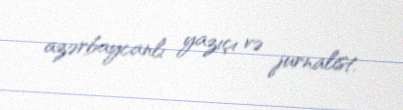
azərbaycanlı yazıçı və jurnalist.